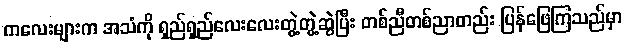
ကလေးများက အသံကို ရှည်ရှည်လေးလေးတွဲ့တွဲ့ဆွဲပြီး တစ်ညီတစ်ညာတည်း ပြန်ဖြေကြသည်မှာ